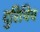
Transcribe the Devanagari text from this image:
दुरिचिच